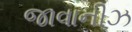
જાવાનીઝ